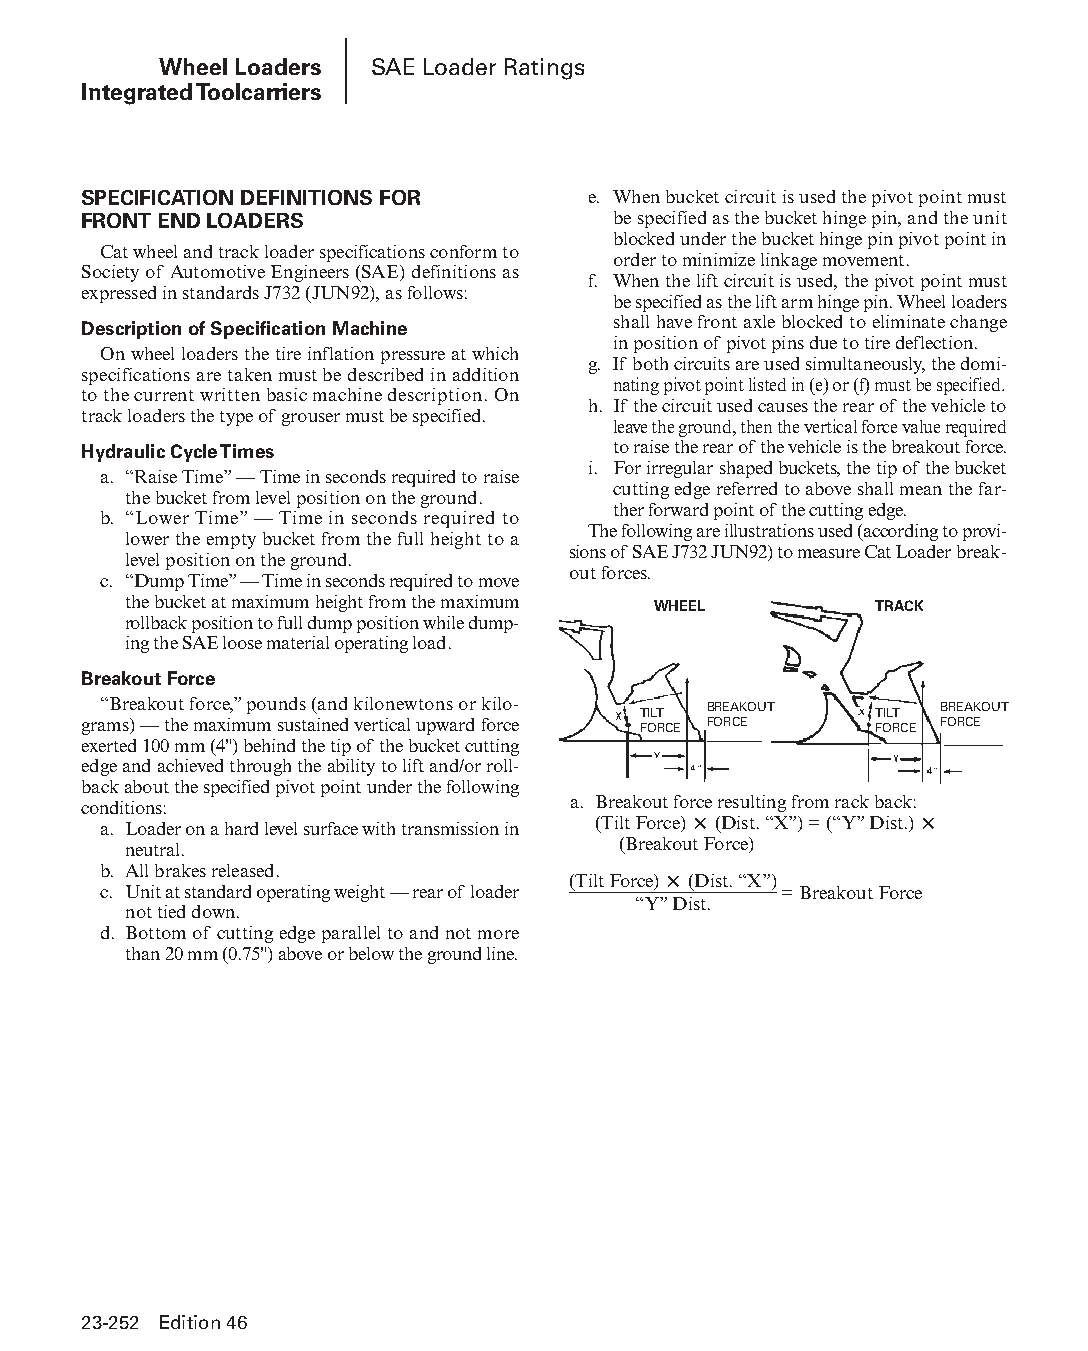
Wheel Loaders SAE Loader Ratings
 Integrated Toolcarriers
 SPECIFICATION DEFINITIONS FOR    e. When bucket circuit is used the pivot point must
 FRONT END LOADERS                  be specified as the bucket hinge pin, and the unit
 blocked under the bucket hinge pin pivot point in
 Cat wheel and track loader specifications conform to
 order to minimize linkage movement.
 Society of Automotive Engineers (SAE) definitions as
 f. When the lift circuit is used, the pivot point must
 expressed in standards J732 (JUN92), as follows:
 be specified as the lift arm hinge pin. Wheel loade rs
 Description of Specification Machine shall have front axle blocked to eliminate change
 in position of pivot pins due to tire deflection.
 On wheel loaders the tire inflation pressure at which
 g. If both circuits are used simultaneously, the domi-
 speci fications are taken must be described in addition
 nating pivot point listed in (e) or (f) must be specified.
 to the current written basic machine descript ion. On
 h. If the circuit used causes the rear of the vehicle to
 track loaders the type of grouser must be specified.
 leave the ground, then the vertical force value required
 Hydraulic Cycle Times              to raise the rear of the vehicle is the breakout force.
 i. For irregular shaped buckets, the tip of the bucket
 a. “Raise Time” — Time in seconds required to raise
 cutting edge referred to above shall mean the far-
 the bucket from level position on the ground.
 ther forward point of the cutting edge.
 b. “Lower Time” — Time in seconds required to
 The following are illustrations used (according to provi-
 lower the empty bucket from the full height to a
 sions of SAE J732 JUN92) to measure Cat Loader break-
 level position on the ground.
 out forces.
 c. “Dump Time” — Time in seconds required to move
 the bucket at maximum height from the max i mum WHEEL TRACK
 rollback position to full dump position while dump-
 ing the SAE loose material operating load.
 Breakout Force
 “Breakout force,” pounds (and kilonewtons or kilo- TILT BREAKOUT TILT BREAKOUT
 grams) — the maximum sustained vertical upward force FORCE FORCE FORCE FORCE
 exerted 100 mm (4") behind the tip of the bucket cutting
 edge and achieved through the ability to lift and/or roll-
 back about the specified pivot point under the following
 conditions:                     a. Breakout force resulting from rack back:
 a. Loader on a hard level surface with transmission in (Tilt Force) × (Dist. “X”) = (“Y” Dist.) ×
 neutral.                        (Breakout Force)
 b. All brakes released.        (Tilt Force) × (Dist. “X”)
 c. Unit at standard operating weight — rear of loader = Breakout Force
 “Y” Dist.
 not tied down.
 d. Bottom of cutting edge parallel to and not more
 than 20 mm (0.75") above or below the ground line.
 23-252 Edition 46
 PPHHBB--SSeecc2233((ppgg220077--332244))..iinndddd 225522      1122//44//1155 22::1122 PPMM